Rangoon Lunatic Asylum 1878-1892 - 1878-1892
Year: 1878
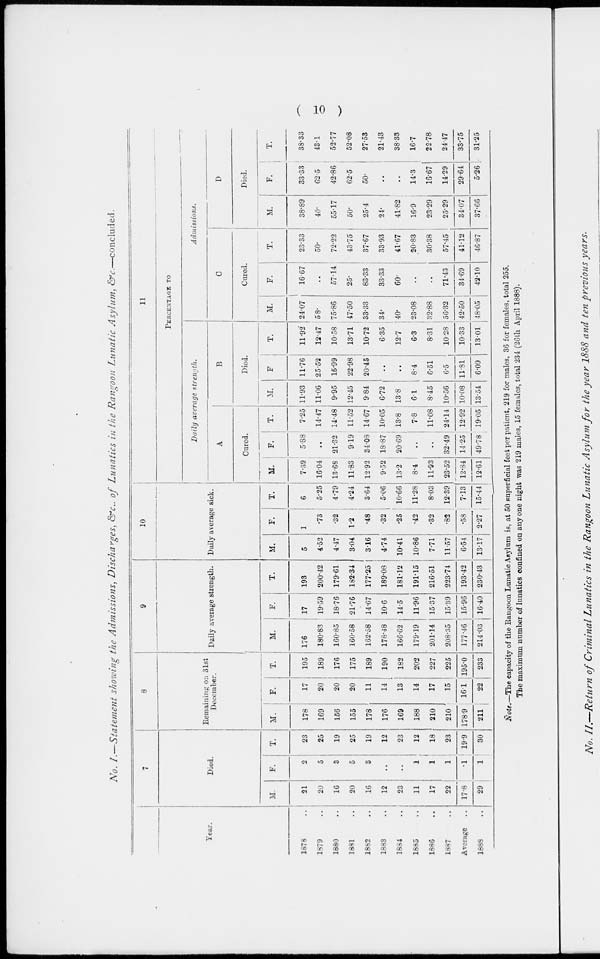
( 10 )
No. I.—Statement
showing the Admissions, Discharges, &c., of Lunatics in the Rangoon Lunatic Asylum,
&c.—concluded.
Year.
1878 ..
1879 ..
1880 ..
1881 ..
1882 ..
1883 ..
1884 ..
1885 ..
1886 ..
1887 ..
Average ..
1888 ..
7
Died.
M.
21
20
16
20
16
12
23
11
17
22
17.8
29
F.
2
5
3
5
3
..
..
1
1
1
.1
1
T.
23
25
19
25
19
12
23
12
18
23
19.9
30
8
Remaining on 31st
December.
M.
178
169
156
155
178
176
169
188
210
210
178.9
211
F.
17
20
20
20
11
14
13
14
17
15
16.1
22
T.
195
189
176
175
189
190
182
202
227
225
195.0
233
9
Daily average strength.
M.
176
180.83
160.85
160.58
162.58
178.48
166.62
179.19
201.14
208.35
177.46
214.03
F.
17
19.59
18.76
21.76
14.67
10.6
14.5
11.96
15.37
15.39
15.96
16.40
T.
193
200.42
179.61
182.34
177.25
189.08
181.12
191.15
216.51
223.74
193.42
230.43
10
Daily average sick.
M.
5
4.52
4.47
3.04
3.16
4.74
10.41
10.86
7.71
11.57
6.54
13.17
F.
1
.73
.32
1.2
.48
.32
.25
.42
.32
.82
.58
2.27
T.
6
5.25
4.79
4.24
3.64
5.06
10.66
11.28
8.03
12.39
7.13
15.44
11
PERCENTAGE TO
Daily average strength.
A
Cured.
M.
7.39
16.04
13.68
11.83
12.92
9.52
13.2
8.4
11.93
23.52
12.84
12.61
F.
5.88
..
21.32
9.19
34.08
18.87
20.69
..
..
32.49
14.25
49.78
T.
7.25
14.47
14.48
11.52
14.67
10.05
13.8
7.8
11.08
24.14
12.92
19.05
B
Died.
M.
11.93
11.06
9.95
12.45
9.84
6.72
13.8
6.1
8.45
10.56
10.08
13.54
F.
11.76
25.52
15.99
22.98
20.45
..
..
8.4
6.51
6.5
11.81
6.09
T.
11.92
12.47
10.58
13.71
10.72
6.35
12.7
6.3
8.31
10.28
10.33
13.01
Admissions.
C
Cured.
M.
24.07
58.
75.86
47.50
33.33
34.
40.
23.08
32.88
56.32
42.50
48.05
F.
16.67
..
57.14
25.
83.33
33.33
60.
..
..
71.43
34.69
42.10
T.
23.33
50.
72.22
43.75
37.67
33.93
41.67
20.83
30.38
57.45
41.12
46.87
D
Died.
M.
38.89
40.
55.17
50.
25.4
24.
41.82
16.9
23.29
25.29
34.07
37.66
F.
33.33
62.5
42.86
62.5
50.
..
..
14.3
16.67
14.29
29.64
5.26
T.
38.33
43.1
52.77
52.08
27.53
21.43
38.33
16.7
22.78
24.47
33.75
31.25
Note.—The capacity of the Rangoon Lunatic Asylum is, at 50 superficial feet per patient, 219 for males, 36 for females, total 255.
The maximum number of lunatics confined on any one night was 219 males, 15 females, total 234 (26th April 1888).